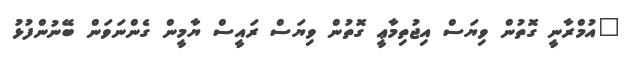
"އުމްރާނީ ގޮތުން ވިޔަސް އިޖުތިމާޢީ ގޮތުން ވިޔަސް ރައީސް ޔާމީން ގެންނަވަން ބޭނުންފުޅު